Report on vaccination in Madras 1922-1929 - 1922-1929
Year: 1922
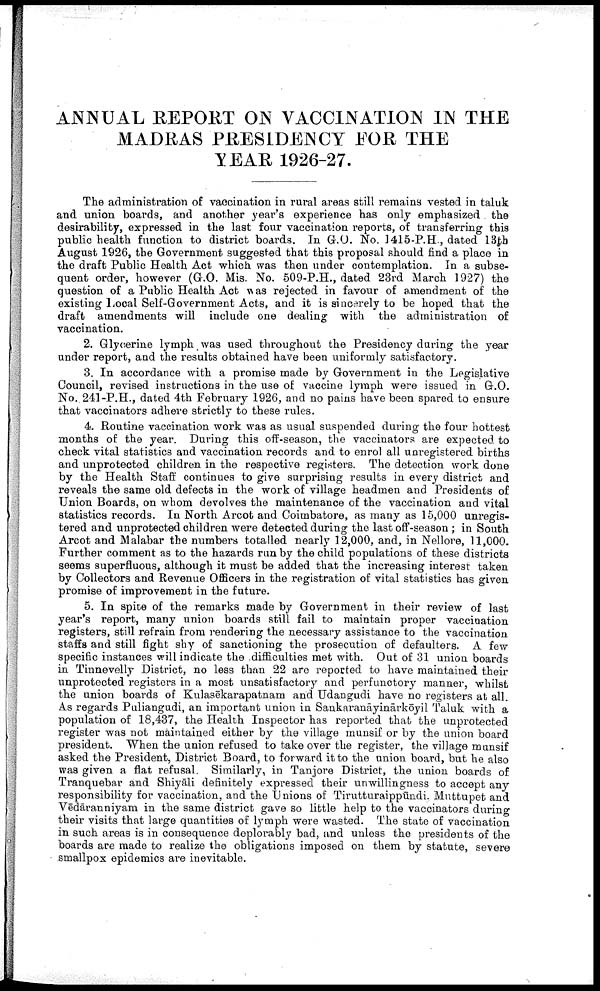
ANNUAL REPORT ON VACCINATION IN THE
MADRAS PRESIDENCY FOR THE
YEAR 1926-27.
The administration of vaccination in rural areas still remains vested in taluk
and union boards, and another year's experience has only emphasized the
desirability, expressed in the last four vaccination reports, of transferring this
public health function to district boards. In G.O. No. 1415-P.H., dated 13th
August 1926, the Government suggested that this proposal should find a place in
the draft Public Health Act which was then under contemplation. In a subse
quent order, however (G.O. Mis. No. 509-P.H., dated 23rd March 1927) the
question of a Public Health Act was rejected in favour of amendment of the
existing Local Self-Government Acts, and it is sincerely to be hoped that the
draft amendments will include one dealing with the administration of
vaccination.
2. Glycerine lymph was used throughout the Presidency during the year
under report, and the results obtained have been uniformly satisfactory.
3. In accordance with a promise made by Government in the Legislative
Council, revised instructions in the use of vaccine lymph were issued in G.O.
No, 241-P.H., dated 4th February 1926, and no pains have been spared to ensure
that vaccinators adhere strictly to these rules.
4. Routine vaccination work was as usual suspended during the four hottest
months of the year. During this off-season, the vaccinators are expected to
check vital statistics and vaccination records and to enrol all unregistered births
and unprotected children is the respective registers. The detection work done
by the Health Staff continues to give surprising results in every district and
reveals the same old defects in the work of village headmen and Presidents of
Union Boards, on whom devolves the maintenance of the vaccination and vital
statistics records. In North Arcot and Coimbatore, as many as 15,000 unregis
tered and unprotected children were detected during the last off-season ; in South
Arcot and Malabar the numbers totalled nearly 12,000, and, in Nellore, 11,000.
Further comment as to the hazards run by the child populations of these districts
seems superfluous, although it must be added that the increasing interest taken
by Collectors and Revenue Officers in the registration of vital statistics has given
promise of improvement in the future.
5. In spite of the remarks made by Government in their review of last
year's report, many union boards still fail to maintain proper vaccination
registers, still refrain from rendering the necessary assistance to the vaccination
staffs and still fight shy of sanctioning the prosecution of defaulters. A few
specific instances will indicate the difficulties met with. Out of 31 union boards
in Tinnevelly District, no less than 22 are reported to have maintained their
unprotected registers in a most unsatisfactory and perfunctory manner, whilst
the union boards of Kulasēkarapatnam and Udangudi have no registers at all.
As regards Puliangudi, an important union in Sankaranāyinārkōyil Taluk with a
population of 18,437, the Health Inspector has reported that the unprotected
register was not maintained either by the village munsif or by the union board
president. When the union refused to take over the register, the village munsif
asked the President, District Board, to forward it to the union board, but he also
was given a flat refusal. Similarly, in Tanjore District, the union boards of
Tranquebar and Shiyāli definitely expressed their unwillingness to accept any
responsibility for vaccination, and the Unions of Tirutturaippūndi. Muttupet and
Vēdāranniyam in the same district gave so little help to the vaccinators during
their visits that large quantities of lymph were wasted. The state of vaccination
in such areas is in consequence deplorably bad, and unless the presidents of the
boards are made to realize the obligations imposed on them by statute, severe
smallpox epidemics are inevitable.